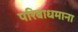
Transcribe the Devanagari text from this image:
परिबाधमाना